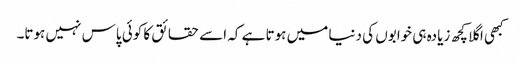
کبھی اگلا کچھ زیادہ ہی خوابوں کی دنیا میں ہوتا ہے کہ اسے حقائق کا کوئی پاس نہیں ہوتا۔